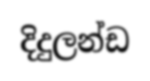
දිදුලන්ඩ